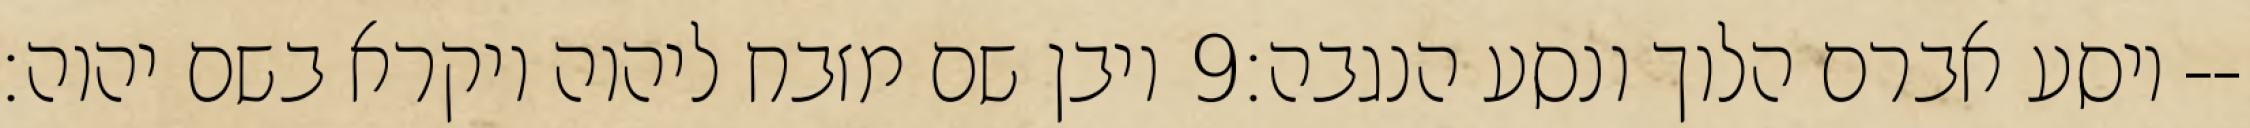
ויבן שם מזבח ליהוה ויקרא בשם יהוה׃ ‎9‏ ויסע אברם הלוך ונסע הנגבה׃--